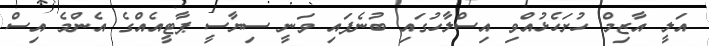
އަލީ އާޒިމް ހުށަހެޅުއްވި އިސްލާހުގައި ބުނެފައި ވަނީ ސިޔާސީ ޕާޓީއެއްގެ އެންމެ އިސް